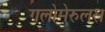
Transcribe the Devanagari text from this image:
गलोमेरुलस